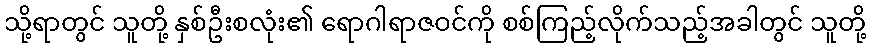
သို့ရာတွင် သူတို့ နှစ်ဦးစလုံး၏ ရောဂါရာဇဝင်ကို စစ်ကြည့်လိုက်သည့်အခါတွင် သူတို့